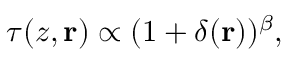
\tau ( z , \mathbf { r } ) \propto ( 1 + \delta ( \mathbf { r } ) ) ^ { \beta } ,